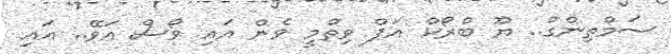
ސަމްތިންގް.. ޔޫ ބްރޯކް އަޕް ވިތްމީ ވެން އައި ވޯސް އަވޭ.. އައި